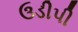
ઉડીપી